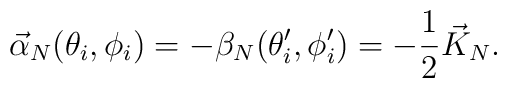
\vec \alpha_N(\theta_i,\phi_i)=-\beta  _N(\theta_i^\prime, \phi_i^\prime)= -{1 \over 2} \vec K_N.